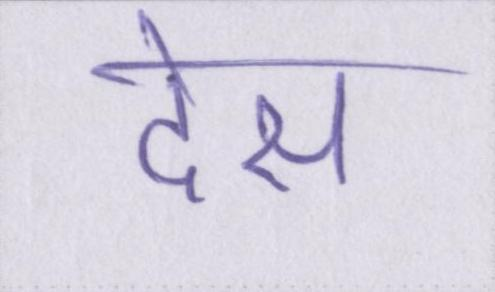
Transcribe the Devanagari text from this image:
देस